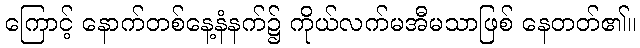
ကြောင့် နောက်တစ်နေ့နံနက်၌ ကိုယ်လက်မအီမသာဖြစ် နေတတ်၏။